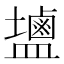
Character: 𪉩